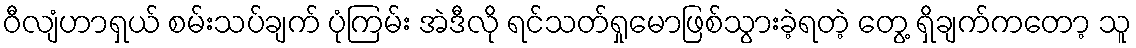
ဝီလျံဟာရှယ် စမ်းသပ်ချက် ပုံကြမ်း အဲဒီလို ရင်သတ်ရှုမောဖြစ်သွားခဲ့ရတဲ့ တွေ့ ရှိချက်ကတော့ သူ